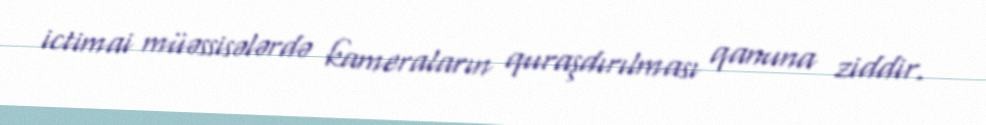
ictimai müəssisələrdə kameraların quraşdırılması qanuna ziddir.